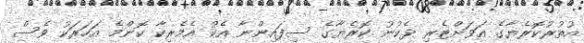
އުތުރުކޮރެޔާގެ އަވަށްޓެރި ދެކުނު ކޮރެޔާގެ ސިފައިންނާ އެކު އެމެރިކާ ކޮންމެ އަހަރަކު ވެސް